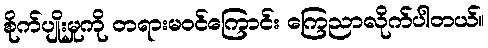
စိုက်ပျိုးမှုကို တရားမဝင်ကြောင်း ကြေညာလိုက်ပါတယ်။